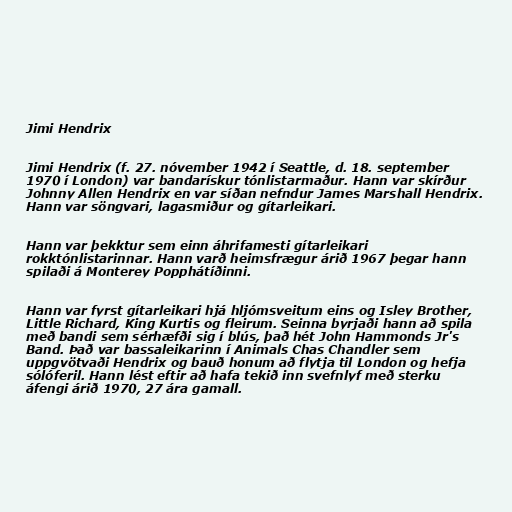
Jimi Hendrix

Jimi Hendrix (f. 27. nóvember 1942 í Seattle, d. 18. september
1970 í London) var bandarískur tónlistarmaður. Hann var skírður
Johnny Allen Hendrix en var síðan nefndur James Marshall Hendrix.
Hann var söngvari, lagasmiður og gítarleikari.

Hann var þekktur sem einn áhrifamesti gítarleikari
rokktónlistarinnar. Hann varð heimsfrægur árið 1967 þegar hann
spilaði á Monterey Popphátíðinni.

Hann var fyrst gítarleikari hjá hljómsveitum eins og Isley Brother,
Little Richard, King Kurtis og fleirum. Seinna byrjaði hann að spila
með bandi sem sérhæfði sig í blús, það hét John Hammonds Jr's
Band. Það var bassaleikarinn í Animals Chas Chandler sem
uppgvötvaði Hendrix og bauð honum að flytja til London og hefja
sólóferil. Hann lést eftir að hafa tekið inn svefnlyf með sterku
áfengi árið 1970, 27 ára gamall.